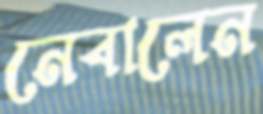
নেবালেন